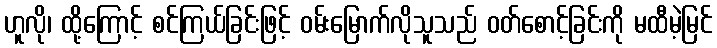
ဟူလို၊ ထို့ကြောင့် စင်ကြယ်ခြင်းဖြင့် ဝမ်းမြောက်လိုသူသည် ဝတ်စောင့်ခြင်းကို မထီမဲ့မြင်